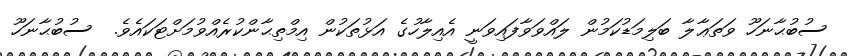
ސުބުޙާނަހޫ ވަތަޢާލާ ބަލިމަޑުކަމުން ލައްވަވާފައިވަނީ އެއިލާހުގެ އަޅުތަކުން އިމްތިޙާންކުރެއްވުމަށްޓަކައެވެ.  ސުބުޙާނަހޫ